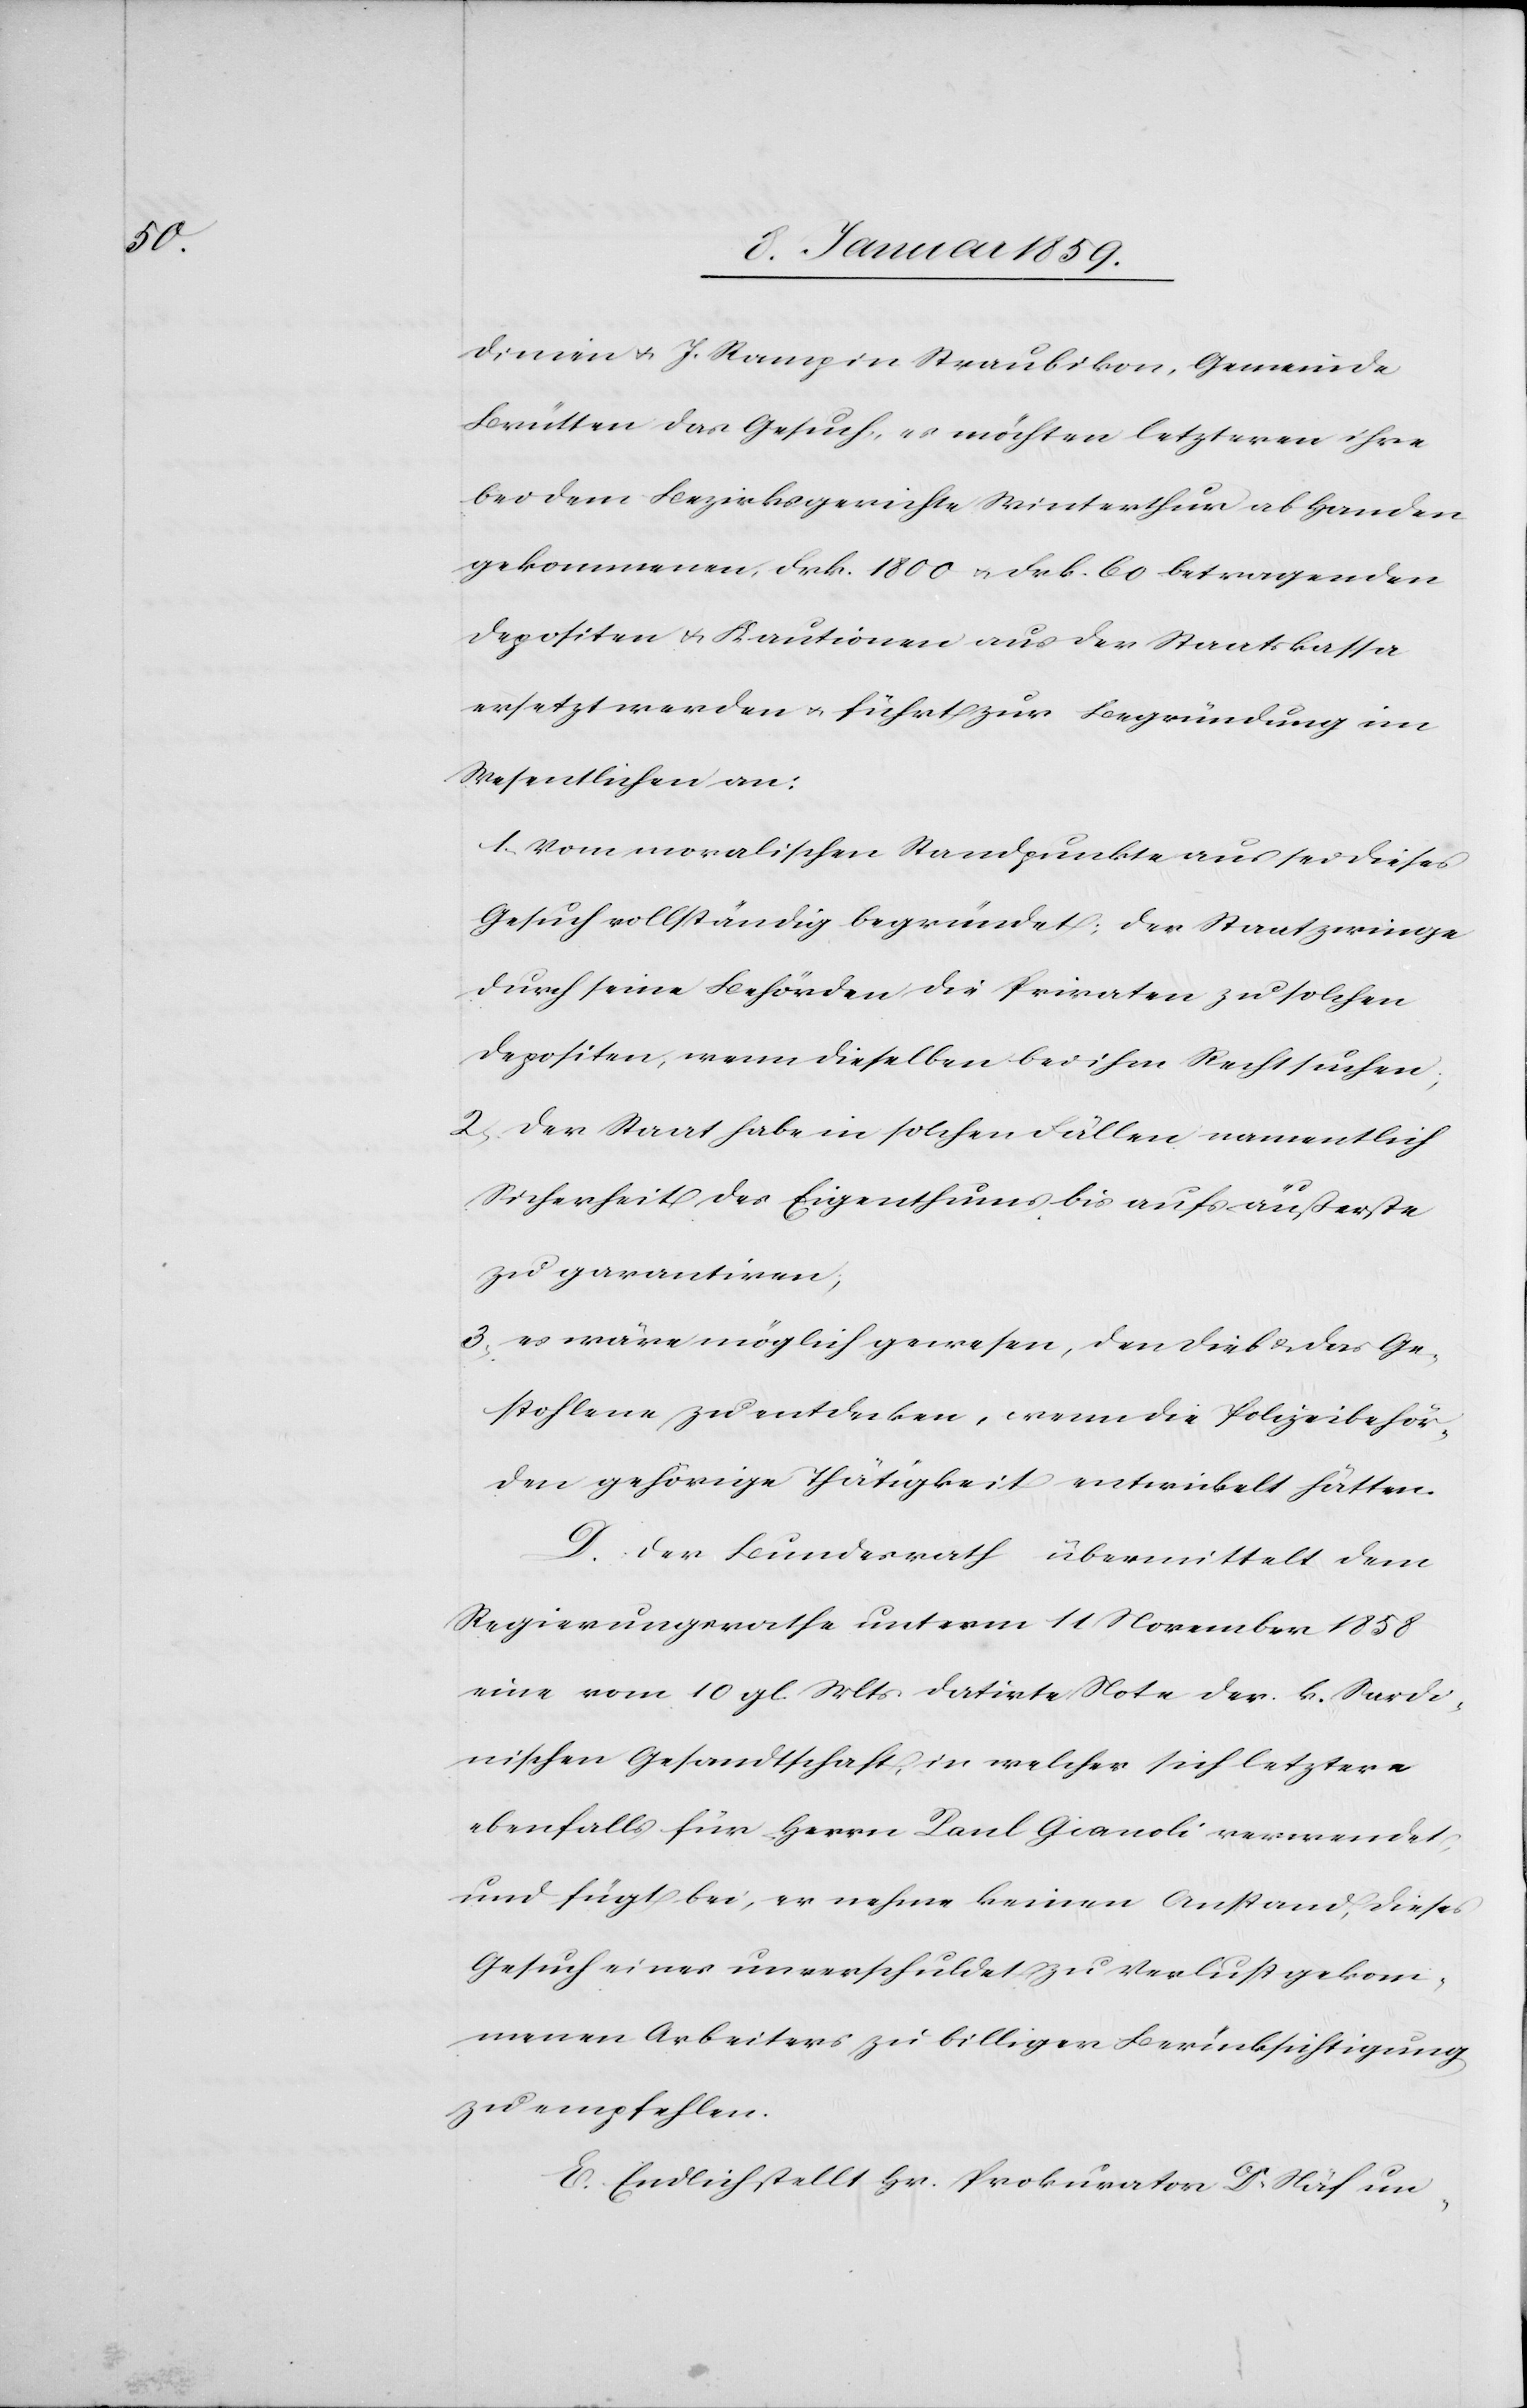
dinien u. J. Ramp in Straubikon, Gemeinde
Brütten das Gesuch, es möchten letzeren ihre
bei dem Bezirksgerichte Winterthur ab Handen
gekommenen, Frk. 1800 u. Frk. 60 betragenden
Depositen u. Kautionen aus der Staatskassa
ersetzt werden u. führt zur Begründung im
Wesentlichen an:
1. Vom moralischen Standpunkte aus sei dieses
Gesuch vollständig begründet; der Staat zwinge
durch seine Behörden die Privaten zu solchen
Depositen, wenn dieselben bei ihm Recht suchen;
2. der Staat habe in solchen Fällen namentlich
Sicherheit des Eigenthums bis aufs äußerste
zu garantiren;
3. es wäre möglich gewesen, den Dieb u. das Ge¬
stohlene zu entdecken, wenn die Polizeibehör¬
den gehörige Thätigkeit entwickelt hätten.
D. Der Bundesrath übermittelt dem
Regierungsrathe unterm 11 November 1858
eine vom 10 gl. Mts. datirte Note der k. Sardi¬
nischen Gesandtschaft, in welcher sich letztere
ebenfalls für Herrn Paul Gianoli verwendet,
und fügt bei er nehme keinen Anstand, dieses
Gesuch eines unverschuldet zu Verlust gekom¬
menen Arbeiters zu billigen Berücksichtigung
zu empfehlen.
E. Endlich stellt Hr. Prokurator Direktion.